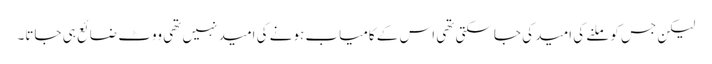
لیکن جس کو ملنے کی امید کی جاسکتی تھی اس کے کامیاب ہونے کی امید نہیں تھی ووٹ ضائع ہی جاتا۔